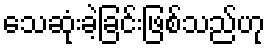
သေဆုံးခဲ့ခြင်းဖြစ်သည်ဟု